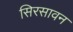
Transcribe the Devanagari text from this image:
सिरसावन